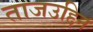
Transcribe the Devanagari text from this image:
ताजउद्दिन